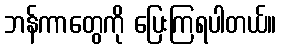
ဘန်ကာတွေကို ပြေးကြရပါတယ်။